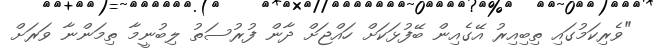
"ވެރިކަމުގައި ތިބިއިރު އޭގެއިން ބޭފުޅަކަށް ހައްޖަށް ދާން ފުރުސަތު ލިބުނީމާ ތިމަންނާ ވަރަށް